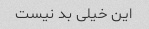
این خیلی بد نیست